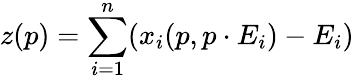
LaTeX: z(p)=\sum_{i=1}^{n}(x_{i}(p,p\cdot E_{i})-E_{i})